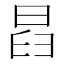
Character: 𣆵